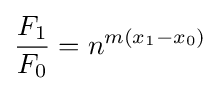
{\frac {F_{1}}{F_{0}}}=n^{m(x_{1}-x_{0})}